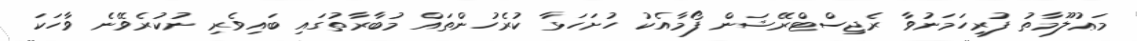
މަޢުލޫމާތު ފުރިހަމަނުވާ ރެޖިސްޓްރޭޝަން ފޯމާއެކު ހުށަހަޅާ ކުރެހުންތައް މުބާރާތުގައި ބައިވެރި ނުކުރެވޭނެ ވާހަކަ